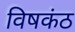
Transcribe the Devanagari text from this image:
विषकंठ